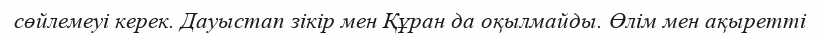
сөйлемеуі керек. Дауыстап зікір мен Құран да оқылмайды. Өлім мен ақыретті